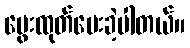
မွေးထုတ်ပေးခဲ့ပါတယ်။